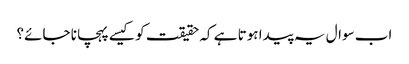
اب سوال یہ پیدا ہوتا ہے کہ حقیقت کو کیسے پہچانا جائے؟